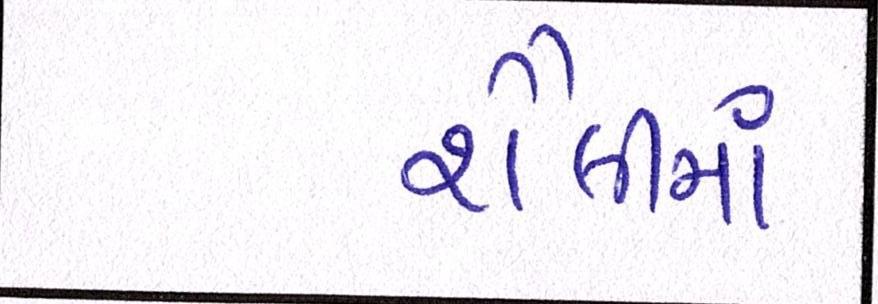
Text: શૈલીમાં